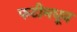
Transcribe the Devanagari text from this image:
फटीमधून